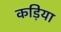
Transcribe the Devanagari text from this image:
कड़िया